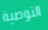
التوصية